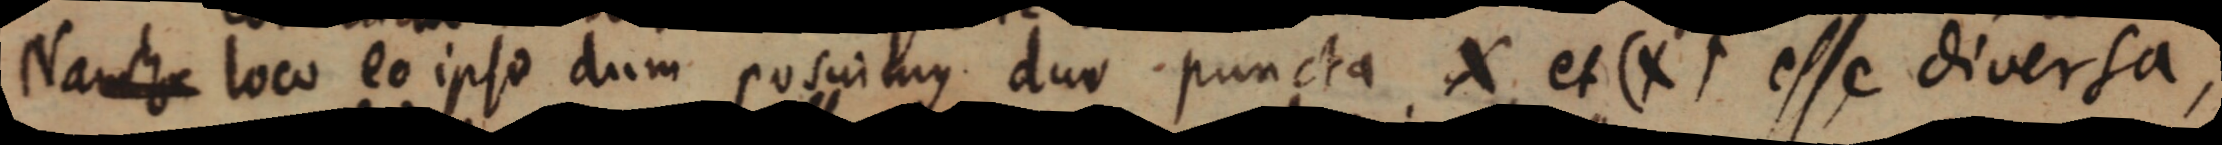
Nam hoc loco eo ipse dum posuimus duo puncta X et (X esse diversa,